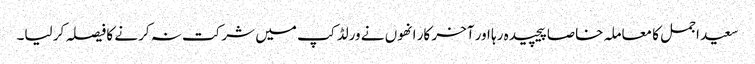
سعید اجمل کا معاملہ خاصا پیچیدہ رہا اور آخر کار انھوں نے ورلڈ کپ میں شرکت نہ کرنے کا فیصلہ کر لیا۔